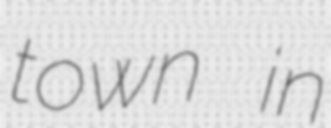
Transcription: town in